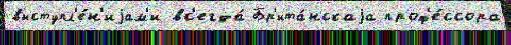
выступл'е́н'иjам'и вс'егда́ Бр'ита́нскаjа проф'е́ссора